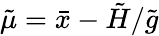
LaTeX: \tilde{\mu}=\bar{x}-\tilde{H}/\tilde{g}